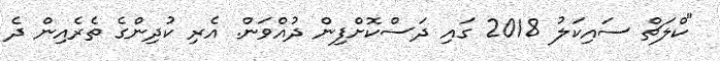
"ކްލަޗް ސައިކަލު 2018 ގައި ދަސްކޮށްފިން ދުއްވަން. އެރި ކުދިންގެ ތެރެއިން ދެ